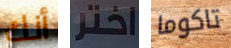
أنك اختر تاكوما